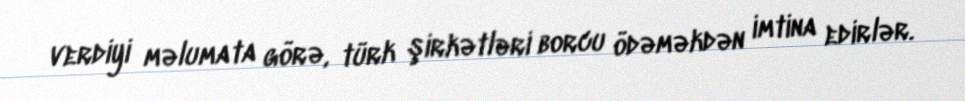
verdiyi məlumata görə, türk şirkətləri borcu ödəməkdən imtina edirlər.